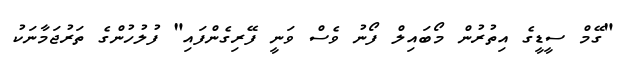
"ގޭމް ސީޑީގެ އިތުރުން މޯބައިލް ފޯނު ވެސް ވަނީ ފޭރިގެންފައި" ފުލުހުންގެ ތަރުޖަމާނަކު